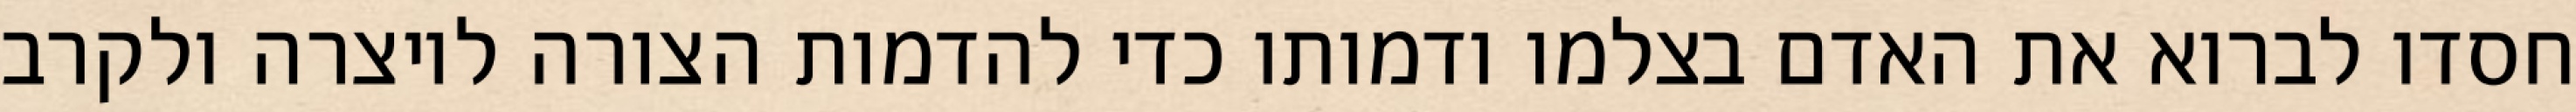
חסדו לברוא את האדם בצלמו ודמותו כדי להדמות הצורה ליוצרה ולקרב